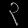
Digit: ၃